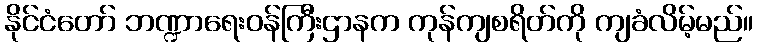
နိုင်ငံတော် ဘဏ္ဍာရေးဝန်ကြီးဌာနက ကုန်ကျစရိတ်ကို ကျခံလိမ့်မည်။